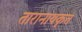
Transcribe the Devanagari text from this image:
तारानाथकृत